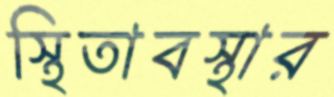
স্থিতাবস্থার